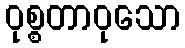
ဝုစ္စတာဝုသော